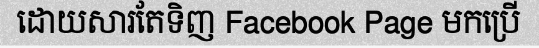
ដោយសារតែទិញ Facebook Page មកប្រើ